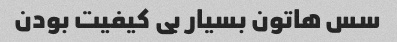
سس هاتون بسیار بی کیفیت بودن